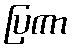
ပြကာ